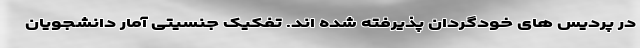
در پردیس های خودگردان پذیرفته شده اند. تفکیک جنسیتی آمار دانشجویان